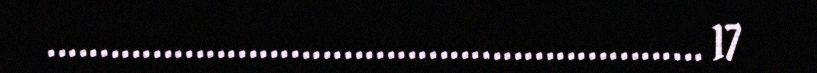
.............................................................. 17